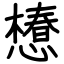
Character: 𢢫